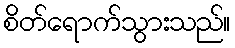
စိတ်ရောက်သွားသည်။